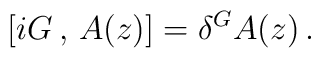
\left[ i G \, , \, A(z) \right] = \delta^G A(z) \, .